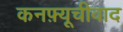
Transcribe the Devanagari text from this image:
कनफ़्यूचीवाद